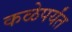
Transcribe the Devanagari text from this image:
कळेपर्यंत